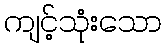
ကျင့်သုံးသော